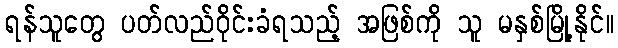
ရန်သူတွေ ပတ်လည်ဝိုင်းခံရသည့် အဖြစ်ကို သူ မနှစ်မြို့နိုင်။